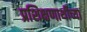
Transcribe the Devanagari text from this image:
प्रशिक्षणार्थीच्या